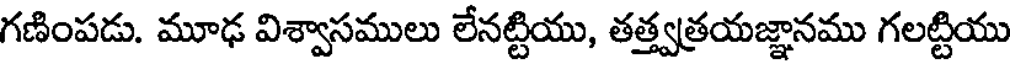
గణింపడు. మూఢ విశ్వాసములు లేనట్టియు, తత్త్వత్రయజ్ఞానము గలట్టియు